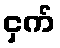
ငှက်